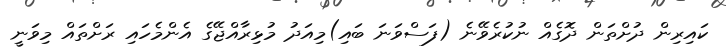
ކައިރިން ދުށްތަން ދޮގެއް ނުކުރެވޭނެ (ފަސްވަނަ ބައި)މިއަދު މުޅިރާއްޖޭގެ އެންމެހައި ރަށްތައް މިވަނީ